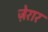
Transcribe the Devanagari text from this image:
ज़ेरार